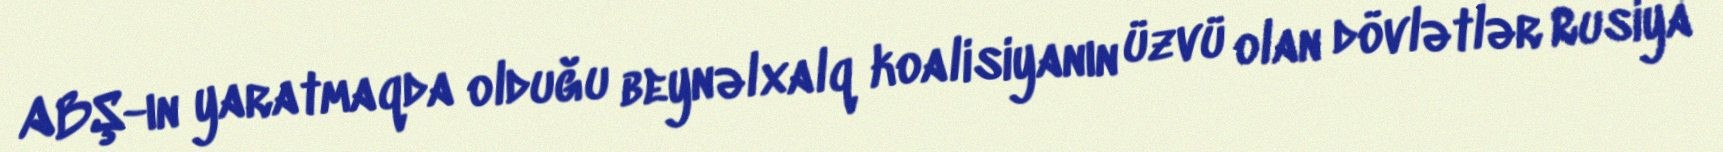
ABŞ-ın yaratmaqda olduğu beynəlxalq koalisiyanın üzvü olan dövlətlər Rusiya